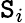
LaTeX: \mathtt{S}_{i}